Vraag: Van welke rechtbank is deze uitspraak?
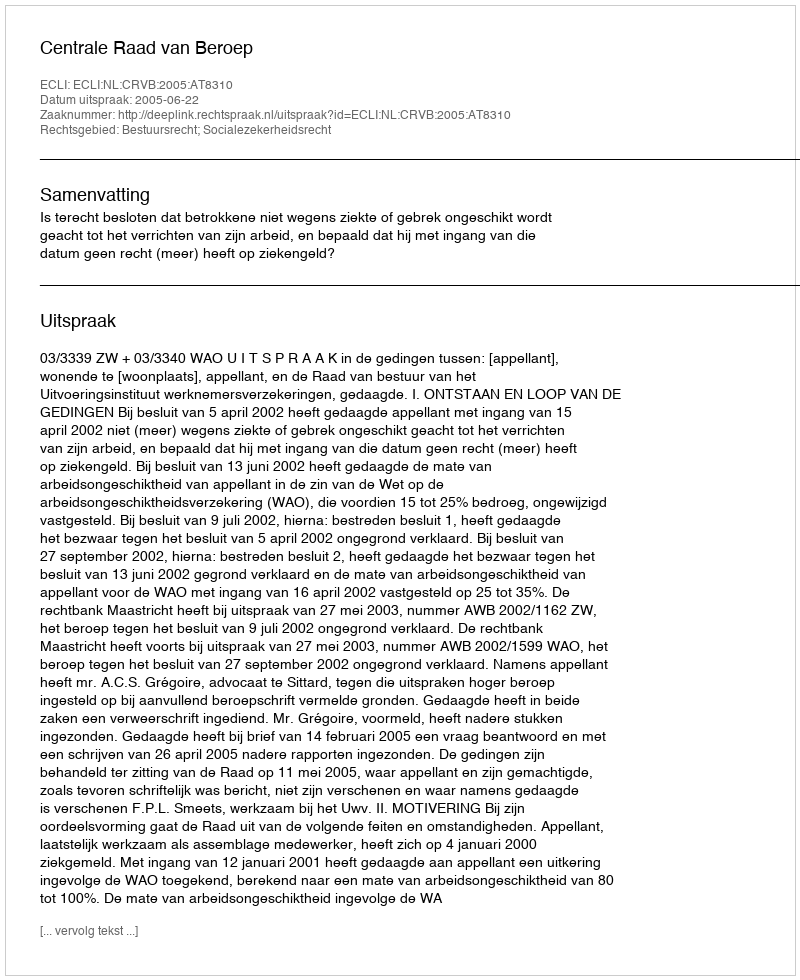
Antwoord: Centrale Raad van Beroep